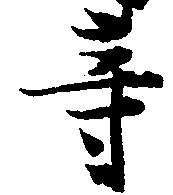
等